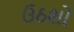
ઉઠશો